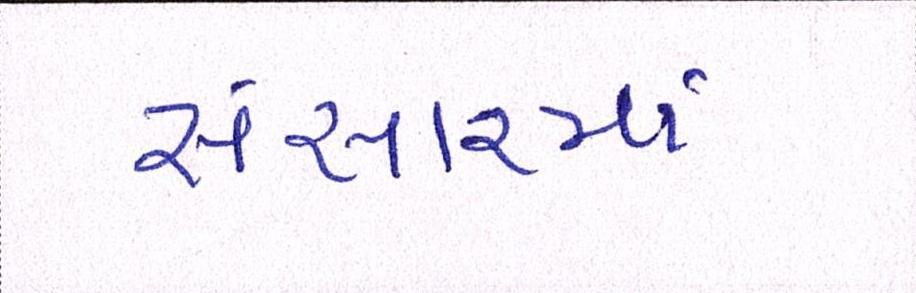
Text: સંસારમાં